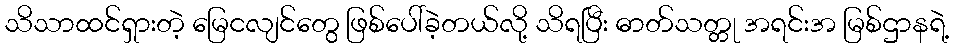
သိသာထင်ရှားတဲ့ မြေငလျင်တွေ ဖြစ်ပေါ်ခဲ့တယ်လို့ သိရပြီး ဓာတ်သတ္တု အရင်းအ မြစ်ဌာနရဲ့